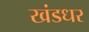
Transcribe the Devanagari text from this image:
खंडधर